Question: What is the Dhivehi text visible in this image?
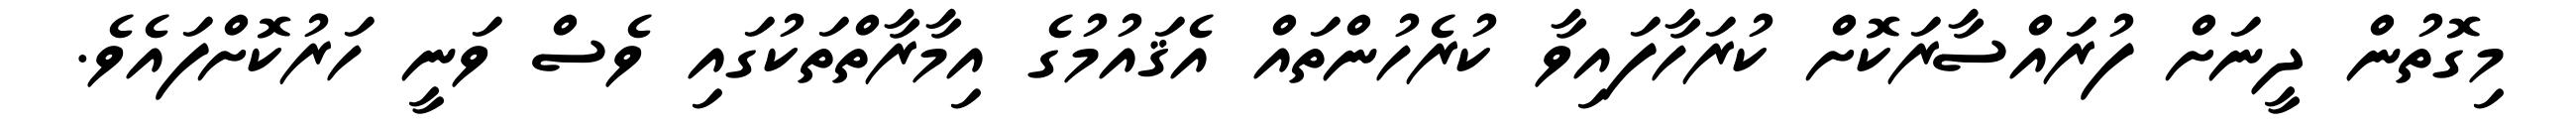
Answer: މިގޮތުން ދީނަށް ފުރައްސާރަކޮށް ކުރަހާފައިވާ ކުރެހުންތައް އެޤައުމުގެ އިމާރާތްތަކުގައި ވެސް ވަނީ ހަރުކޮށްފައެވެ.